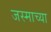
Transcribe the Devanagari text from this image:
जस्माच्या